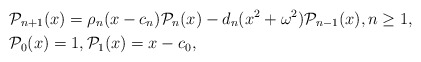
\begin{align*}&\mathcal{P}_{n+1}(x) =\rho_n (x-c_{n})\mathcal{P}_n(x)-d_{n} (x^2+\omega^2)\mathcal{P}_{n-1}(x), n\geq 1, \\& \mathcal{P}_{0}(x) = 1, \mathcal{P}_1(x) = x-c_0,\end{align*}